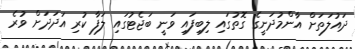
ދައުލަތަށް އާންމުދަނީގެ ގޮތުގައި ލިބިފައި ވަނީ ބަޖެޓުގައި ލަފާ ކުރި އަދަދަށް ވުރެ